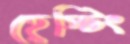
হেস্টিং